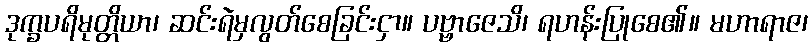
ဒုက္ခပရိမုတ္တိယာ၊ ဆင်းရဲမှလွတ်စေခြင်းငှာ။ ပဗ္ဗာဇေသိ၊ ရဟန်းပြုစေ၏။ မဟာရာဇ၊